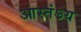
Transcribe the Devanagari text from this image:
आस्तंऽय